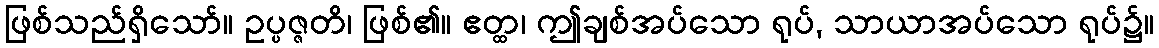
ဖြစ်သည်ရှိသော်။ ဥပ္ပဇ္ဇတိ၊ ဖြစ်၏။ ဧတ္ထ၊ ဤချစ်အပ်သော ရုပ်, သာယာအပ်သော ရုပ်၌။